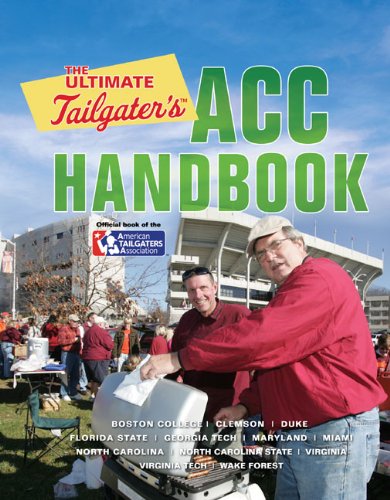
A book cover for The Ultimate Tailgater's ACC Handbook; Stephen Linn; Cookbooks, Food & Wine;